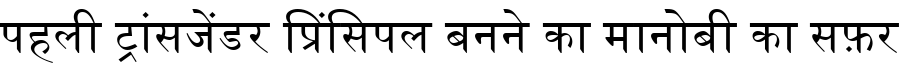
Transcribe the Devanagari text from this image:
पहली ट्रांसजेंडर प्रिंसिपल बनने का मानोबी का सफ़र